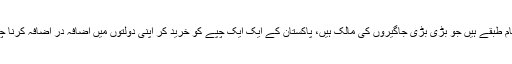
یہی وہ تمام طبقے ہیں جو بڑی بڑی جاگیروں کی مالک ہیں، پاکستان کے ایک ایک چپے کو خرید کر اپنی دولتوں میں اضافہ در اضافہ کرنا چاہتے ہیں۔